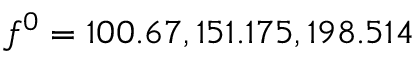
f ^ { 0 } = 1 0 0 . 6 7 , 1 5 1 . 1 7 5 , 1 9 8 . 5 1 4